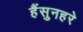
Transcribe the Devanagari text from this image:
हैंसुनहरे